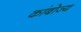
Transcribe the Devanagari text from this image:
कांबोज्य